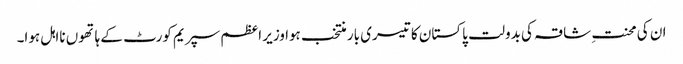
ان کی محنتِ شاقہ کی بدولت پاکستان کا تیسری بار منتخب ہوا وزیر اعظم سپریم کورٹ کے ہاتھوں نااہل ہوا۔